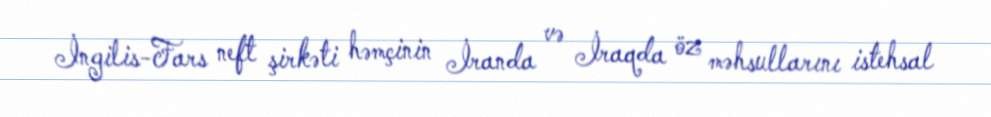
İngilis-Fars neft şirkəti həmçinin İranda və İraqda öz məhsullarını istehsal